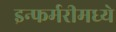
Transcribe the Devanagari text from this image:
इन्फर्मरीमध्ये